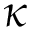
\kappa